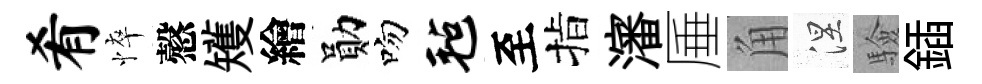
肴悴慤矱繪勛吻毡至指瀋厜角涅驗鍤